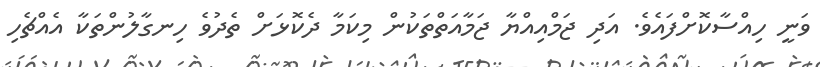
ވަނީ ހިއްސާކޮށްފައެވެ. އަދި ޖަމްއިއްޔާ ޖަމާއަތްތަކުން މިކަމާ ދެކޮޅަށް ތެދުވެ ހިނގާލުންތަކާ އެއްޗެހި